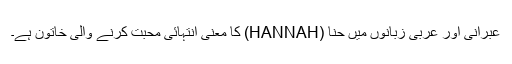
عبرانی اور عربی زبانوں میں حنّا (HANNAH) کا معنی انتہائی محبت کرنے والی خاتون ہے۔